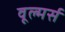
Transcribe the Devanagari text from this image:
वूल्मर्स